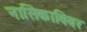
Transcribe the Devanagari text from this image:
नासिकाविवर